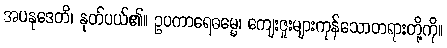
အပနုဒေတိ၊ နုတ်ပယ်၏။ ဥပကာရေဓမ္မေ၊ ကျေးဇူးများကုန်သောတရားတို့ကို။